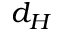
d _ { H }